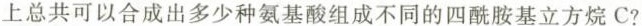
上总共可以合成出多少种氨基酸组成不同的四酰胺基立方烷C?